Problem: 7 × 5 = ?
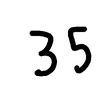
Handwritten answer: 35